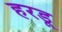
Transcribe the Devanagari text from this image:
हरडू